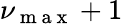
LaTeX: \nu_{\mathrm{~m~a~x~}}+1